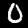
Label: 0